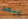
يبعد